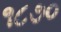
૧૮૭૦